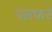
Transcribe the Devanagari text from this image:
पारफरे